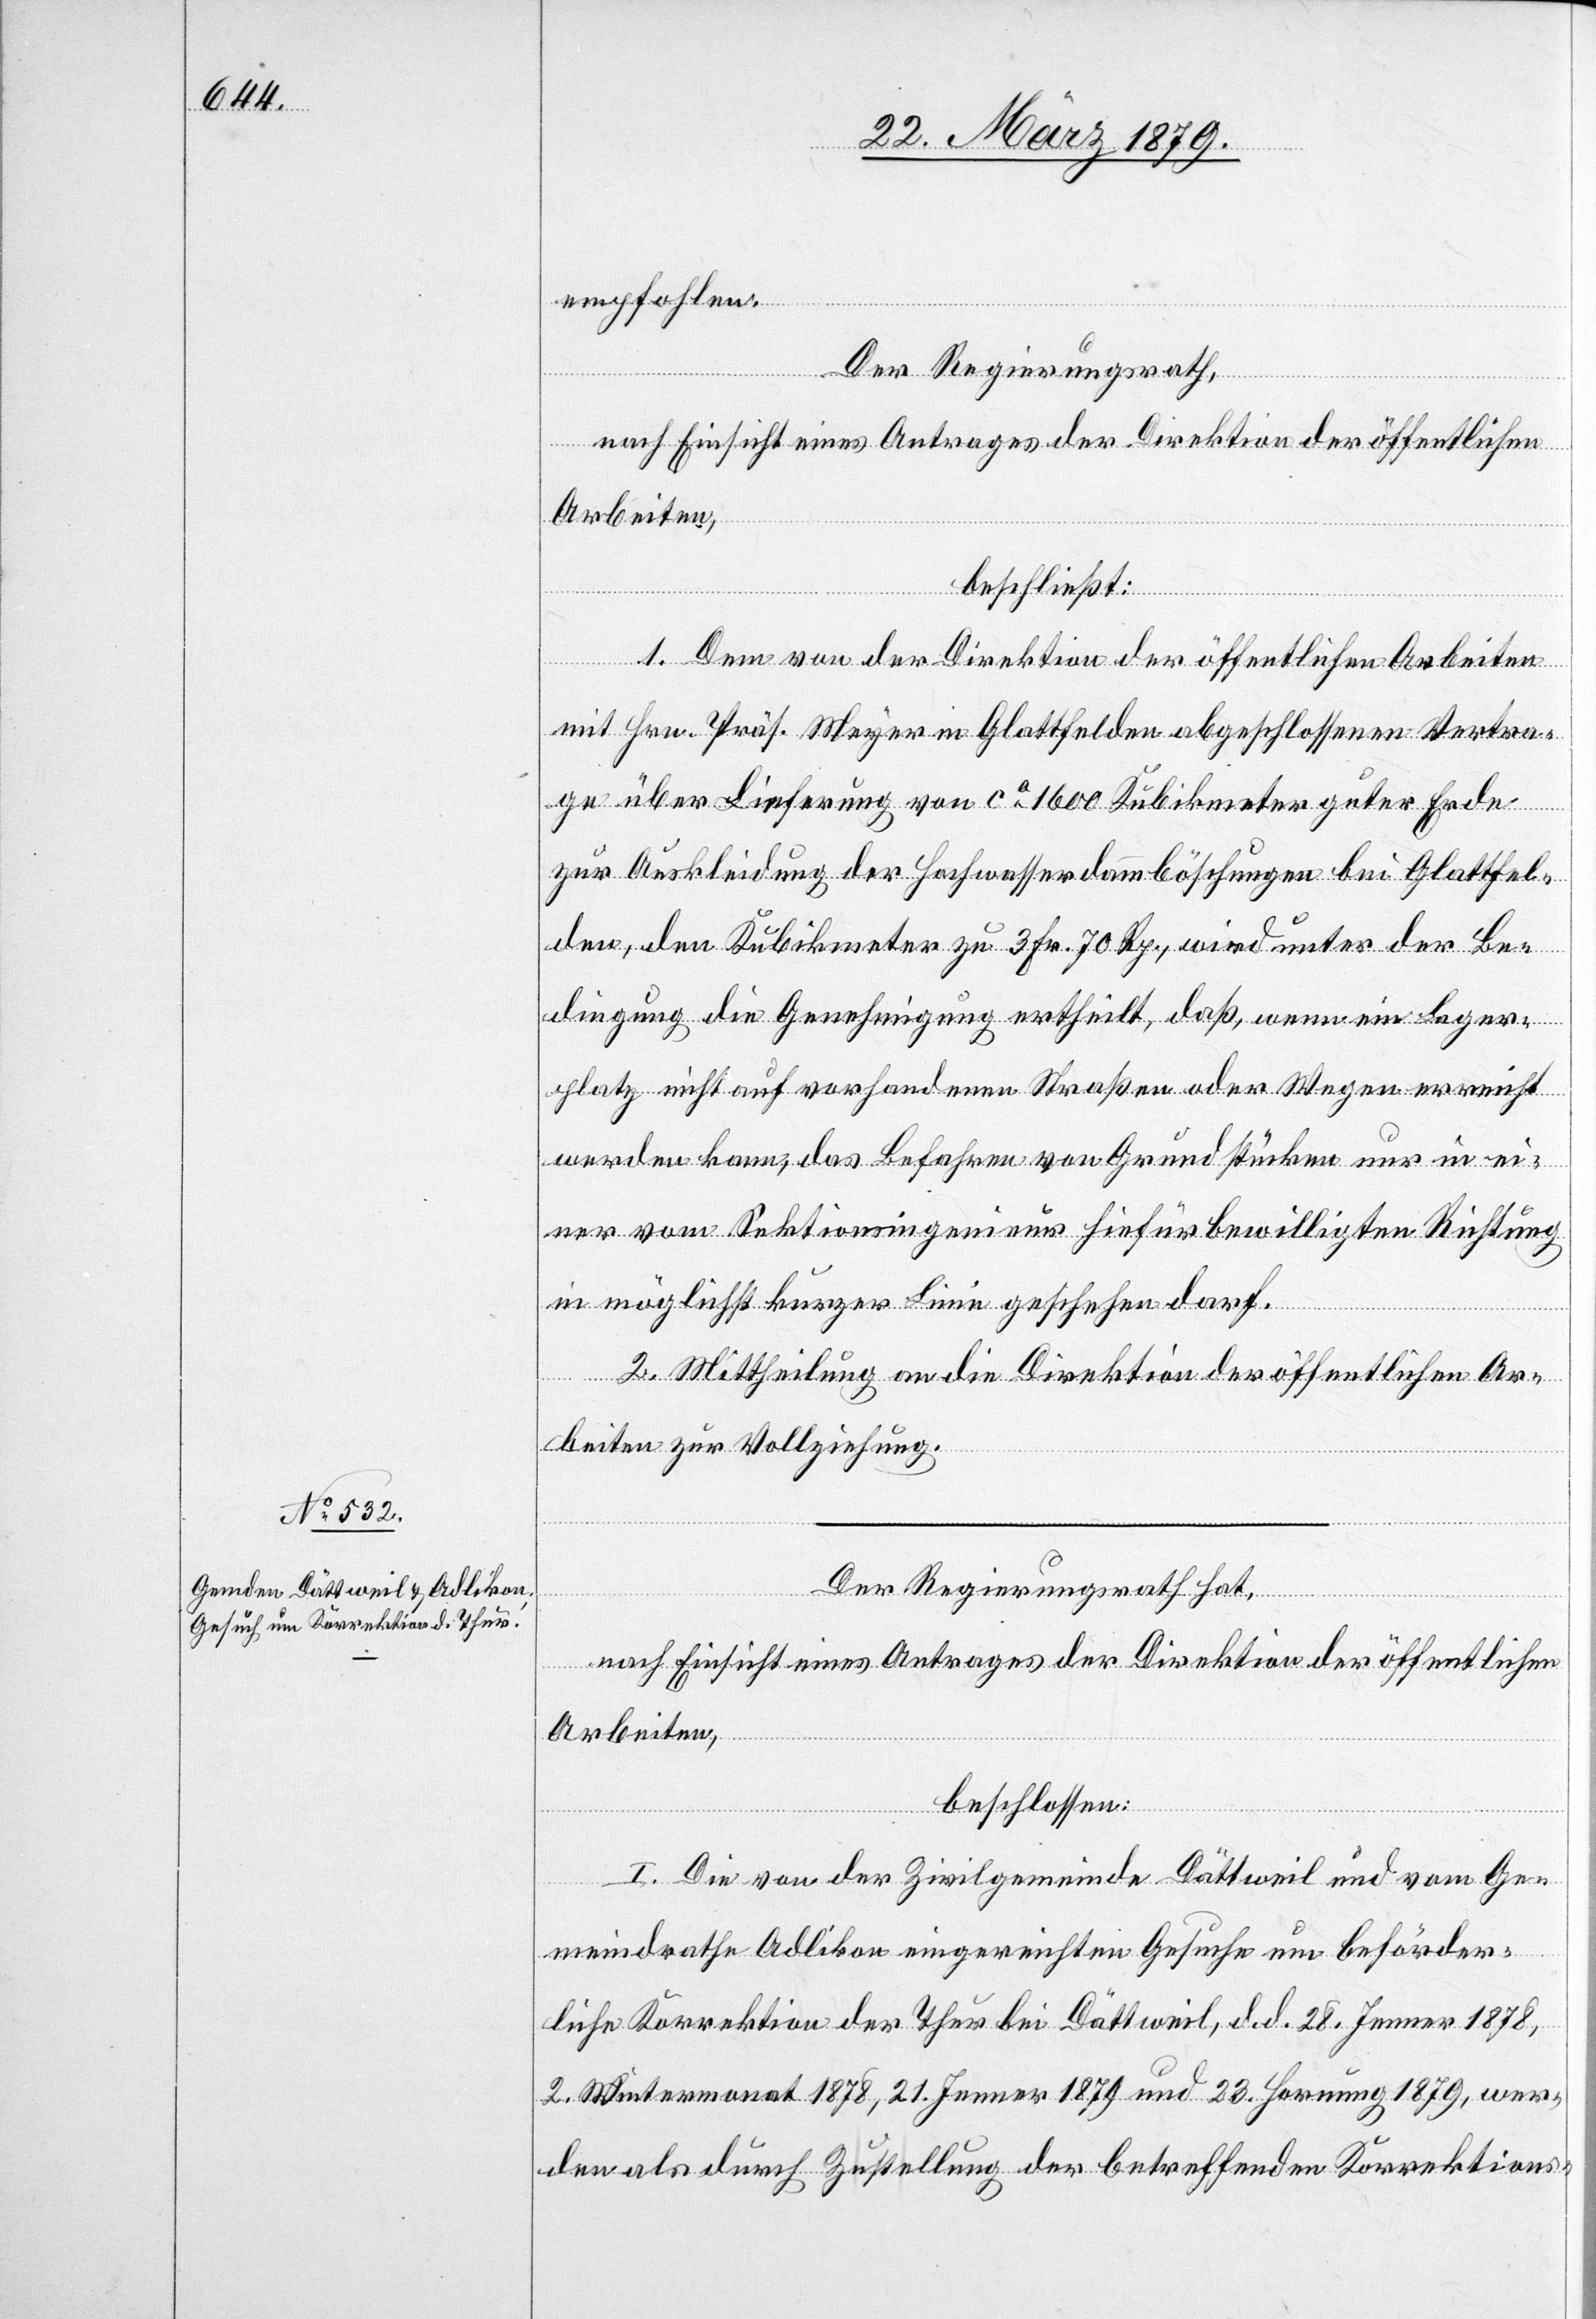
empfohlen.
Der Regierungsrath,
nach Einsicht eines Antrages der Direktion der öffentlichen
Arbeiten,
beschließt:
1. Dem von der Direktion der öffentlichen Arbeiten
mit Hrn. Präsident Meyer in Glattfelden abgeschlossenen Vertra¬
ge über Lieferung von ca 1600 Kubikmeter guter Erde
zur Auskleidung der Hochwasserdammböschungen bei Glattfel¬
den, den Kubikmeter zu 3 Fr. 70 Rp., wird unter der Be¬
dingung die Genehmigung ertheilt, daß, wenn ein Lager¬
platz nicht auf vorhandenen Straßen oder Wegen erreicht
werden kann, das Befahren von Grundstücken nur in ei¬
ner vom Sektionsingenieur hiefür bewilligten Richtung
in möglichst kurzer Linie geschehen darf.
2. Mittheilung an die Direktion der öffentlichen Ar¬
beiten zur Vollziehung.
Der Regierungsrath hat,
nach Einsicht eines Antrages der Direktion der öffentlichen
Arbeiten,
beschlossen:
I. Die von der Zivilgemeinde Dättweil und vom Ge¬
meindrathe Adlikon eingereichten Gesuche um beförder¬
liche Korrektion der Thur bei Dättweil, d. d. 28. Jenner 1878,
2. Wintermonat 1878, 21. Jenner 1879 und 23. Hornung 1879, wer¬
den als durch Zustellung der betreffenden Korrektions-